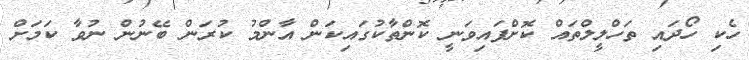
ހެކި ހޯދައި ތަހްލީލްތައް ކޮށްފައިވަނީ ކޮންތާކުގައިކަން އާންމު ކުރަން ބޭނުން ނުވާ ކަމަށް